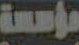
مؤسسة